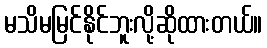
မသိမမြင်နိုင်ဘူးလို့ဆိုထားတယ်။